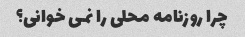
چرا روزنامه محلی را نمی خوانی؟